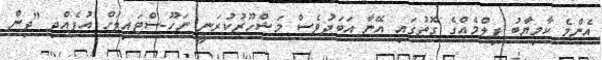
އެންމެ ކާމިޔާބު ފިލްމެއްގެ ގޮތުގައި އޭނާ އަބަދުވެސް މަޝްހޫރުކުރަނީ ނަހޫ-ސްޓައިލަށް އުފެއްދި "ދިން